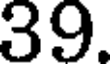
39.